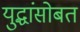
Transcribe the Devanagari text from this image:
युद्धांसोबत